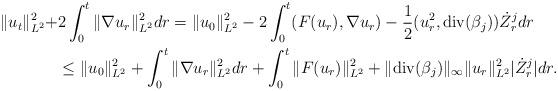
LaTeX: \begin{align*}\|u_t\|_{L^2}^2 + & 2 \int_0^t \|\nabla u_r\|^2_{L^2} dr = \|u_0\|_{L^2}^2 - 2 \int_0^t (F(u_r),\nabla u_r) - \frac{1}{2}( u_r^2, \mathrm{div}(\beta_j)) \dot{Z}_r^j dr \\ & \leq \|u_0\|_{L^2}^2 + \int_0^t \| \nabla u_r\|^2_{L^2} dr + \int_0^t \|F(u_r)\|_{L^2}^2 + \|\mathrm{div}( \beta_j )\|_{\infty} \|u_r\|_{L^2}^2 |\dot{Z}_r^j| dr .\end{align*}